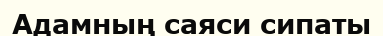
Адамның саяси сипаты